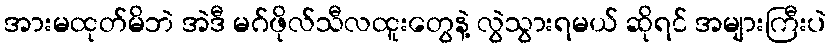
အားမထုတ်မိဘဲ အဲဒီ မဂ်ဖိုလ်သီလထူးတွေနဲ့ လွဲသွားရမယ် ဆိုရင် အများကြီးပဲ